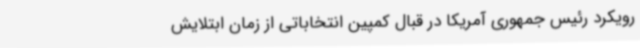
رویکرد رئیس جمهوری آمریکا در قبال کمپین انتخاباتی از زمان ابتلایش